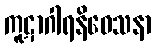
ကူဋာဂါရနိဝေသနာ